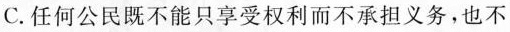
C.任何公民既不能只享受权利而不承担义务，也不